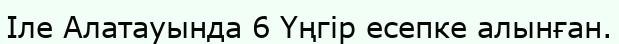
Іле Алатауында 6 Үңгір есепке алынған.